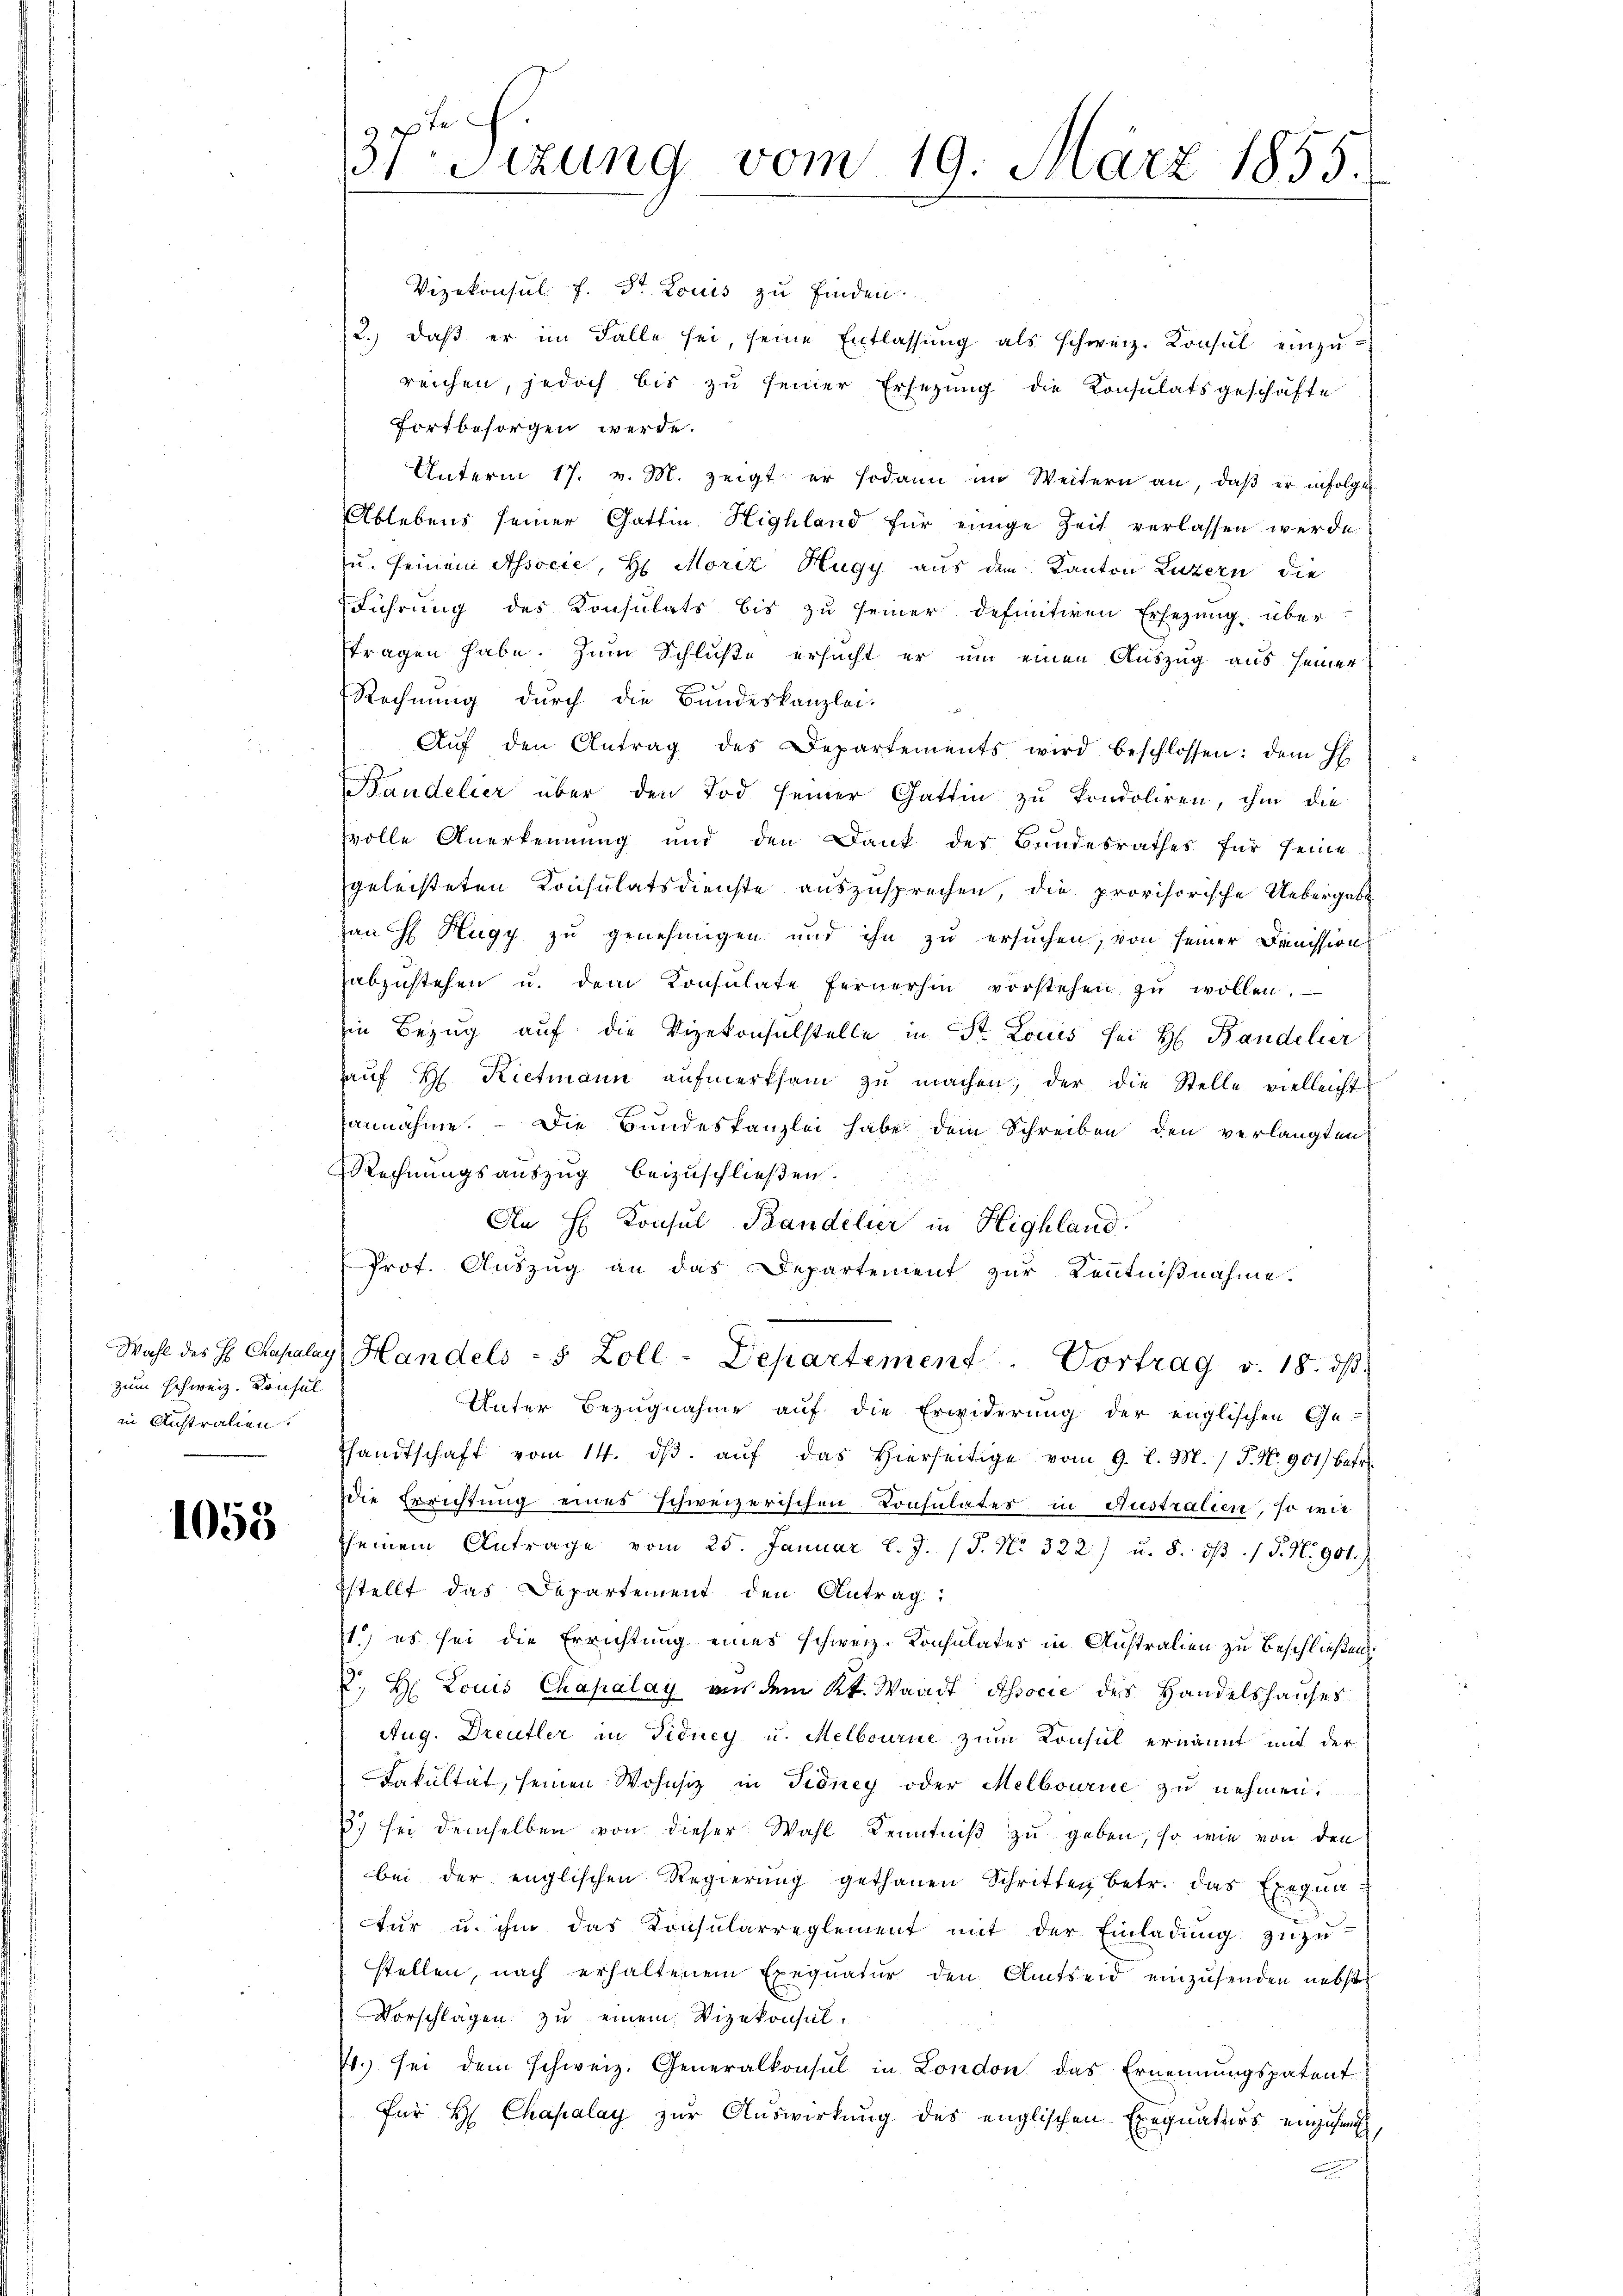
zum Schweiz. Konsul
in Distralien.

1055

Vizekonsul f. St. Louis zu finden
2.) daß er im Falle sei, seine Entlassung als schweiz. Konsul einzureichen, jedoch bis zŭ seiner Ersetzung die Konsulatsgeschäfte
fortbesorgen werde.
Unterm 17. v. M. zeigt er sodann im Weitern an, daβ er infolge
Ablebens seiner Gattin Highland für einige Zeit verlassen werde
u. seinem Associe, H. Moriz Hugy aus dem Kanton Luzern die
Führung des Konsulats bis zŭ seiner definitiven Ersezung über-
tragen habe. Zum Schluße ersucht er um einen Auszug aus seiner
Rechnung durch die Bundeskanzlei-
Aŭf den Antrag des Departements wird beschlossen: dem H
Bandelier über den Tod seiner Gattin zu kondoliren, ihm die
volle Anerkennung und den Dank der Bundesrathes für seine
geleisteten Konsulatsdienste auszusprechen, die provisorische Uebergabe
an  Hugy zu genehmigen und ihn zu ersuchen, von seiner Dreission
abzŭstehen u. dem Konsulate fernerhin vorstehen zŭ wollen.
in Bezug auf die Vizekonsulstelle in St. Louis sei H. Bandelier
haŭf H. Rietmann aŭfmerksam zŭ machen, der die Stelle vielleicht
annähme.  Die Bundeskanzlei habe dem Schreiben den verlangten
Rechnungsauszug beizuschließen.
An H Konsul Bandelier in Highland.
Prof. Auszug an das Departement zur Kenntnißnahme.
Wahl des Hs. Chapalay, Handels - 5 Zoll-Departement. Vortrag v. 18. dβ.
Unter Bezugnahme auf die Erwiderung der englischen Ge-
handtschaft vom 14. dβ aŭf das hierseitige vom 9. l. M. P. Nr. 901) betr.
die Errichtung eines schweizerischen Consulates in Australien, so wie
seinem Antrage vom 25. Januar l. J. J. No. 322) u. 5. dβ. / 5. No 901.
sstellt das Departement den Antrag:
1.) es sei die Errichtung eines schweiz. Konsulates in Australien zu Beschließen:
E. H. Louis Chapalay aus dem Kt. Waadt Associe des Handelshauses
Aug. Dreufler in Fidney u. Melbourne zum Konsul ernannt mit der
Fakultät, seinen Wohnsiz in Fidney oder Melbourne zŭ nehmen.
) sei demselben von dieser Wahl Kenntniß zu geben, so wie von den
bei der englischen Regierŭng gethanen Schritten betr. das Exequa
tŭr u. ihm das Konsularreglement mit der Einladŭng zuzustellen, nach erhaltenen Exequatur den Amtseid einzusenden nebst
Vorschlägen zu einem Vizekonsul¬
7. sei dem schweiz. Generalkonsul in London das Ernennungspatent
für H Chapalay zŭr Aŭswirkung des englischen Exequatters einzusen,

37 Sizung vom 19. März 1855.